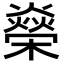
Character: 𬄾